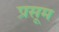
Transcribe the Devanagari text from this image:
प्रसूम